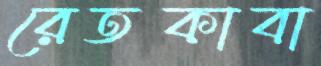
রেতকাবা